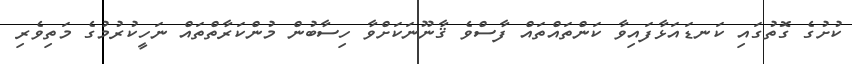
ކުށުގެ ގޮތުގައި ކަނޑައަޅާފައިވާ ކަންތައްތައް ފާސްވެ ޤާނޫނަކަށްވާ ހިސާބުން މުންކަރާތްތައް ނަހީކުރުމުގެ މަތިވެރި